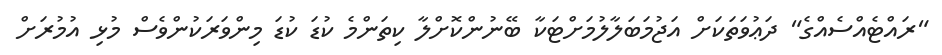
"ރައްޓެއްސެއްގެ" ދަޢުވަތަކަށް އަޖުމަބަލާލުމަށްޓަކާ ބޭނުންކޮށްލާ ކިތަންމެ ކުޑަ ކުޑަ މިންވަރަކުންވެސް މުޅި އުމުރަށް